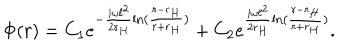
\Phi ( r ) = C _ { 1 } e ^ { - \frac { i \omega \ell ^ { 2 } } { 2 r _ { H } } \ln ( \frac { r - r _ { H } } { r + r _ { H } } ) } + C _ { 2 } e ^ { \frac { i \omega \ell ^ { 2 } } { 2 r _ { H } } \ln ( \frac { r - r _ { H } } { r + r _ { H } } ) } .